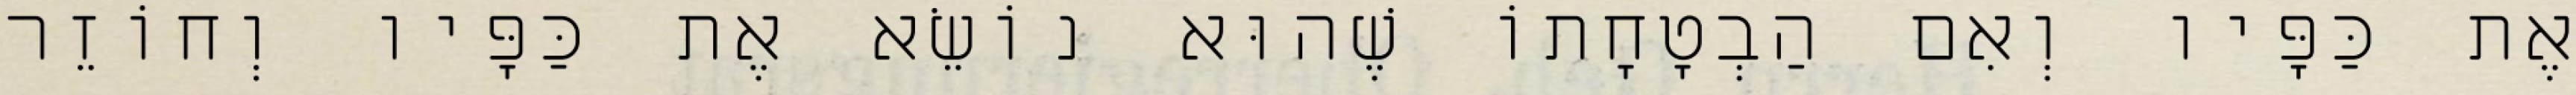
אֶת כַּפָּיו וְאִם הַבְטָחָתוֹ שֶׁהוּא נוֹשֵׂא אֶת כַּפָּיו וְחוֹזֵר